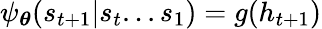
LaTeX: \psi_{\boldsymbol\theta}(s_{t+1}|s_{t}...s_{1})=g(h_{t+1})